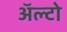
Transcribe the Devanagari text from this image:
अॅल्टो